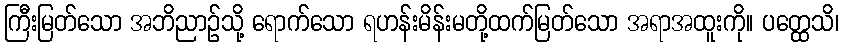
ကြီးမြတ်သော အဘိညာဉ်သို့ ရောက်သော ရဟန်းမိန်းမတို့ထက်မြတ်သော အရာအထူးကို။ ပတ္ထေသိ၊